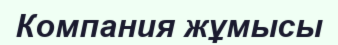
Компания жұмысы